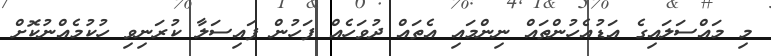
މި މައްސަލައިގެ އަޑުއެހުންތައް ނިންމައި އެތައް ދުވަހެއް ފަހުން ފައިސަލާ ކުރަނިވި ހުކުމެއްނުކޮށް